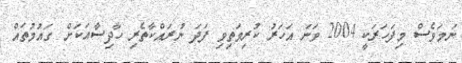
ނަމަވެސް މިފަހަރަކީ 2004 ވަނަ އަހަރު ކުރިމަތިވި ފަދަ ނުރައްކާތެރި ހާދިސާއަކަށް ގައުމުތައް